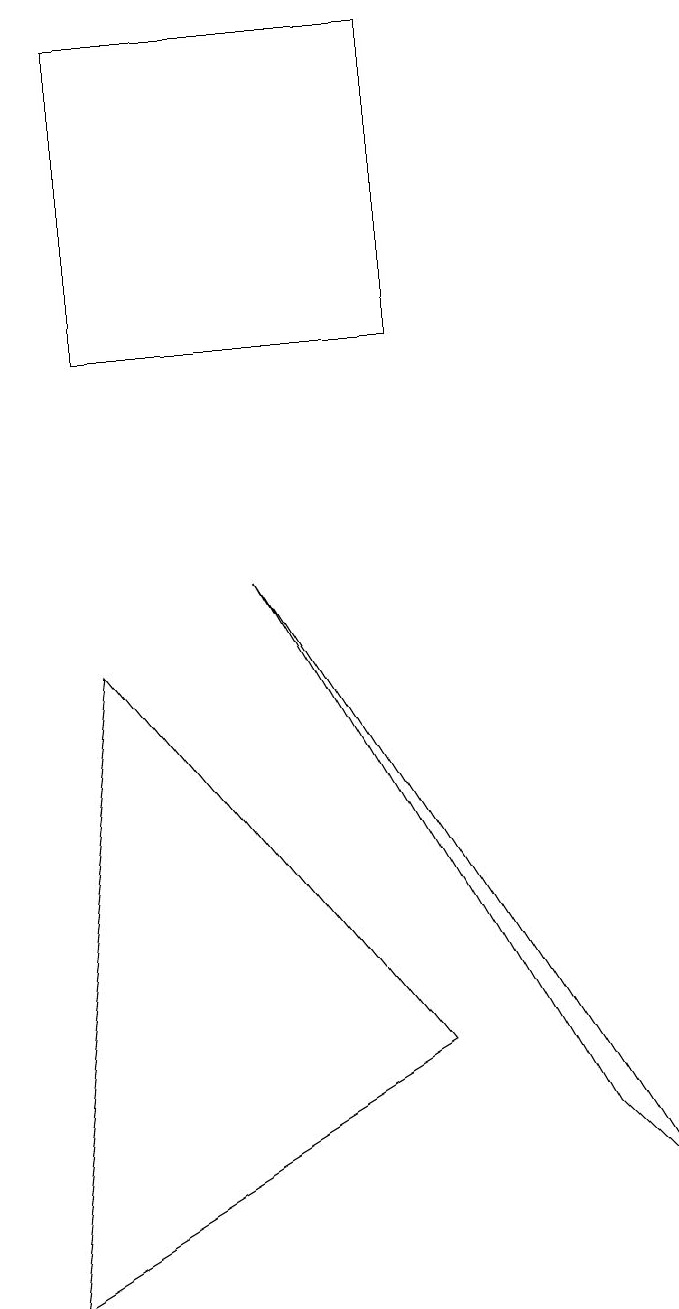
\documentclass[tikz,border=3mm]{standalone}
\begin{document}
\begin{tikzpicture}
\draw (5,3) -- (1,8) -- (0,0) -- cycle;
\draw (8,1) -- (3,9) -- (7,2) -- cycle;
\draw (5,16) rectangle (1,12);
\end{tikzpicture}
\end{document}